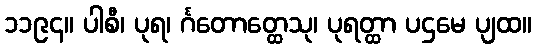
၁၁၉၄။ ပါစီ၊ ပုရ၊ င်္ဂတောတ္ထေသု၊ ပုရတ္ထာ ပဌမေ ပျထ။